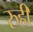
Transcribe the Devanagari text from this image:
रुही